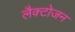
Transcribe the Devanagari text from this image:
लैक्टोजन